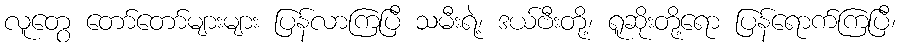
လူတွေ တော်တော်များများ ပြန်လာကြပြီ သမီးရဲ့၊ ဒယ်ဗီးတို့၊ ရူဆိုးတို့ရော ပြန်ရောက်ကြပြီ၊